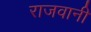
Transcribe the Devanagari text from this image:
राजवानी